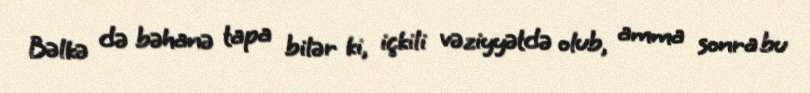
Bəlkə də bəhanə tapa bilər ki, içkili vəziyyətdə olub, amma sonra bu